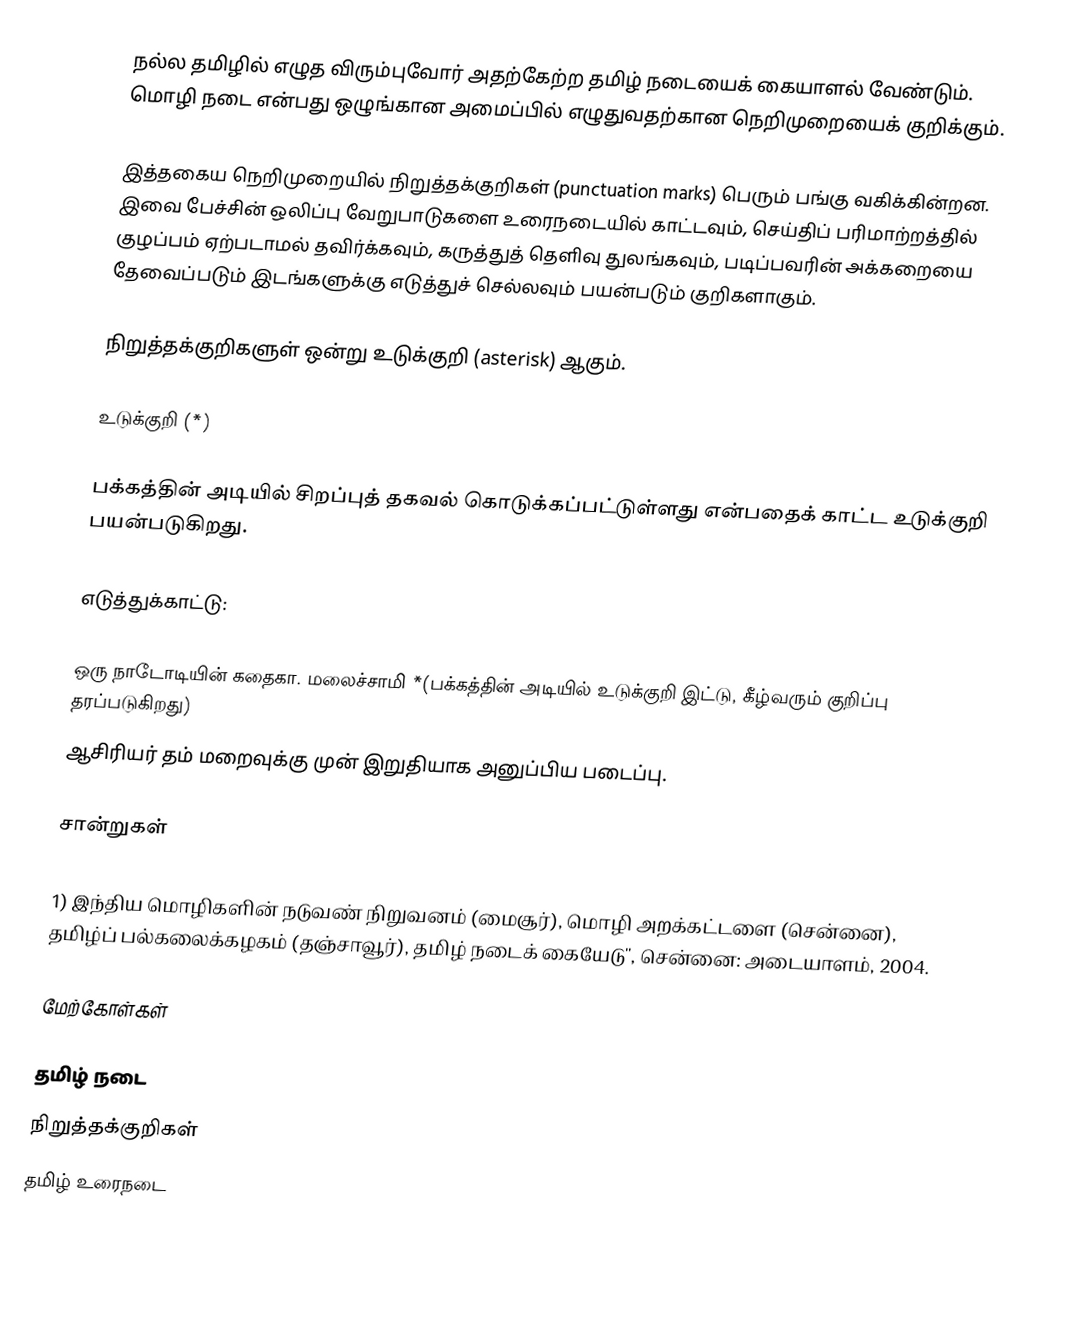
நல்ல தமிழில் எழுத விரும்புவோர் அதற்கேற்ற தமிழ் நடையைக் கையாளல் வேண்டும். மொழி நடை என்பது ஒழுங்கான அமைப்பில் எழுதுவதற்கான நெறிமுறையைக் குறிக்கும்.

இத்தகைய நெறிமுறையில்  நிறுத்தக்குறிகள் (punctuation marks) பெரும் பங்கு வகிக்கின்றன. இவை பேச்சின் ஒலிப்பு வேறுபாடுகளை உரைநடையில் காட்டவும், செய்திப் பரிமாற்றத்தில் குழப்பம் ஏற்படாமல் தவிர்க்கவும், கருத்துத் தெளிவு துலங்கவும், படிப்பவரின் அக்கறையை தேவைப்படும் இடங்களுக்கு எடுத்துச் செல்லவும் பயன்படும் குறிகளாகும்.

நிறுத்தக்குறிகளுள் ஒன்று உடுக்குறி (asterisk) ஆகும்.

உடுக்குறி (*)

பக்கத்தின் அடியில் சிறப்புத் தகவல் கொடுக்கப்பட்டுள்ளது என்பதைக் காட்ட உடுக்குறி பயன்படுகிறது.

எடுத்துக்காட்டு:

ஒரு நாடோடியின் கதைகா. மலைச்சாமி *(பக்கத்தின் அடியில் உடுக்குறி இட்டு, கீழ்வரும் குறிப்பு தரப்படுகிறது)
 ஆசிரியர் தம் மறைவுக்கு முன் இறுதியாக அனுப்பிய படைப்பு.

சான்றுகள்

1) இந்திய மொழிகளின் நடுவண் நிறுவனம் (மைசூர்), மொழி அறக்கட்டளை (சென்னை), தமிழ்ப் பல்கலைக்கழகம் (தஞ்சாவூர்), தமிழ் நடைக் கையேடு'', சென்னை: அடையாளம், 2004.

மேற்கோள்கள்

தமிழ் நடை
நிறுத்தக்குறிகள்
தமிழ் உரைநடை